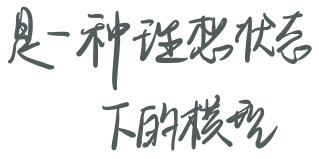
是一种理想状态下的模型